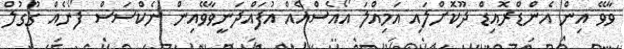
ވާވޭ އިން އެންޑްރޮއިޑް ދޫކޮށްލައި އަމިއްލަ އޯއެސްއެއް އުފައްދަނީވާވޭއިން ނެކްސަސް ފޯނެއް ގޫގުލް